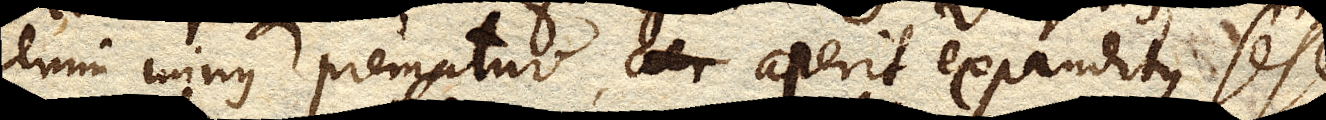
enim minus prematur, aer aperit expanditque sese